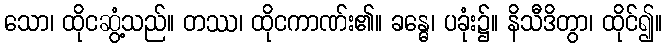
သော၊ ထိုငဆွံ့သည်။ တဿ၊ ထိုငကာဏ်း၏။ ခန္ဓေ၊ ပခုံး၌။ နိသီဒိတွာ၊ ထိုင်၍။